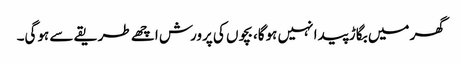
گھر میں بگاڑ پیدا نہیں ہوگا، بچوں کی پرورش اچھے طریقے سے ہوگی۔